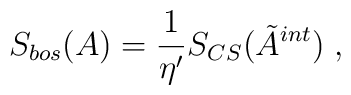
S_{bos}(A)=\frac 1{\eta ^{\prime }}S_{CS}(\tilde{A}^{int})\;,